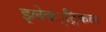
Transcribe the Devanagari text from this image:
इलेक्‍्ट्रिकल